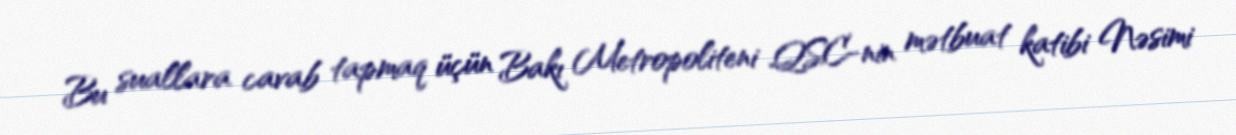
Bu suallara cavab tapmaq üçün Bakı Metropoliteni QSC-nin mətbuat katibi Nəsimi